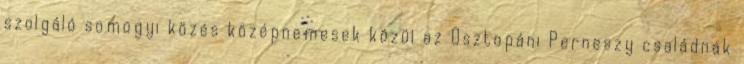
szolgáló somogyi közés középnemesek közül az Osztopáni Perneszy családnak